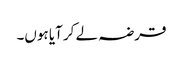
قرضہ لے کر آیا ہوں۔